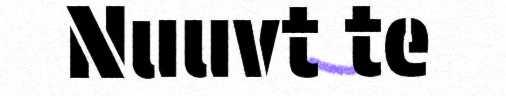
Nuuvt te